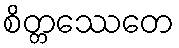
စိတ္တဿေတေ